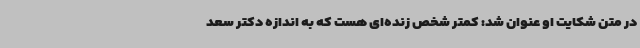
در متن شکایت او عنوان شد: کمتر شخص زنده‌ای هست که به اندازه دکتر سعد